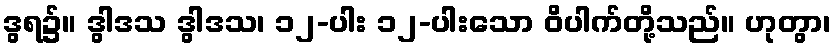
ဒွရ၌။ ဒွါဒသ ဒွါဒသ၊ ၁၂-ပါး ၁၂-ပါးသော ဝိပါက်တို့သည်။ ဟုတွာ၊